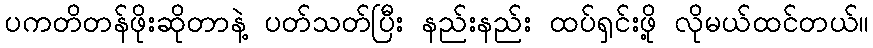
ပကတိတန်ဖိုးဆိုတာနဲ့ ပတ်သတ်ပြီး နည်းနည်း ထပ်ရှင်းဖို့ လိုမယ်ထင်တယ်။